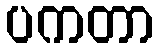
ပကတာ